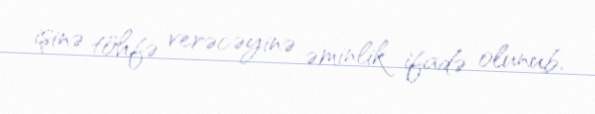
işinə töhfə verəcəyinə əminlik ifadə olunub.